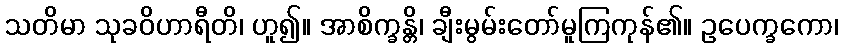
သတိမာ သုခဝိဟာရီတိ၊ ဟူ၍။ အာစိက္ခန္တိ၊ ချီးမွမ်းတော်မူကြကုန်၏။ ဥပေက္ခကော၊